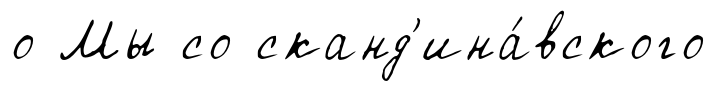
о Мы со сканд'ина́вского